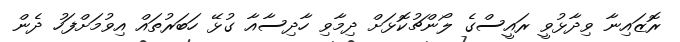
ރޮޒައިނާ ވިދާޅުވީ ރައީސްގެ ލޯންޗުކޮޅަށް ދިމާވި ހާދިސާއާ ގުޅޭ ހަބަރުތައް އިވުމަށްފަހު ދެން